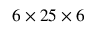
6 \times 2 5 \times 6